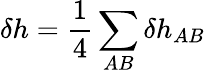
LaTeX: \delta h=\frac{1}{4}\sum_{AB}\delta h_{AB}